system: You are a helpful assistant.
user:
Analyze the provided spectrum to determine if it is a **Carbon Star (C-type)**.

- **Key Visual Indicators of Carbon Star:**
    - **(Primary):** Strong molecular absorption from **C₂ (diatomic carbon) "Swan Bands."** This is the **defining feature** of a carbon star.
        - **(Key Bandheads):** Sharp absorption edges are visible at approximately $5635$ Å, $5165$ Å (the strongest band), and $4737$ Å.
        - **(Line Profile):** Creates a distinct **"saw-tooth"** pattern. The key morphology is a sharp, steep bandhead on the **red (long-wavelength) side**, which then gradually tapers off (i.e., flux recovers) towards the **blue (short-wavelength) side**. *(This is the direct opposite of the TiO bands seen in M-type stars)*.

    - **(Secondary):** Intense **CN (cyanogen)** molecular absorption bands.
        - **(Key Bandheads):** Located in the blue and violet regions of the spectrum (e.g., near $4215$ Å and $3883$ Å).
        - **(Morphology):** These bands are extremely broad and act as a "blanket," absorbing the vast majority of blue and violet light. This creates a characteristic **"cliff"** or **"steep drop-off"** in the spectrum's flux at short wavelengths.

    - **(Key Confirmation):** Strong **CH absorption band (G-band)**.
        - **(Key Bandhead):** Located around $4300$ Å. The contribution from CH molecules to this band is exceptionally strong.

    - **(Overall Spectrum):**
        - The continuum is severely "chopped up" by these deep molecular bands, especially C₂, rather than appearing as a smooth curve.
        - Due to the heavy CN and C₂ absorption in the blue-green, the vast majority of the star's flux is concentrated in the red part of the spectrum, giving the star its characteristic deep red color.

Think first, call **spectral_visualization_tool** if needed to examine features in detail, then provide your final answer. Your response must adhere to the following strict rules:
1.  **Overall Structure:** Your response must follow the format `<think>...</think> <tool_call>...</tool_call> (if a tool is used) <answer>...</answer>`.
2.  **Tool Usage Constraint:** You may only make **one** tool call per turn.
3.  **Final Answer Format:** In the `<answer>` tag, your conclusion must be inside a `\boxed{}` command (e.g., `\boxed{YES}`), followed by your justification.

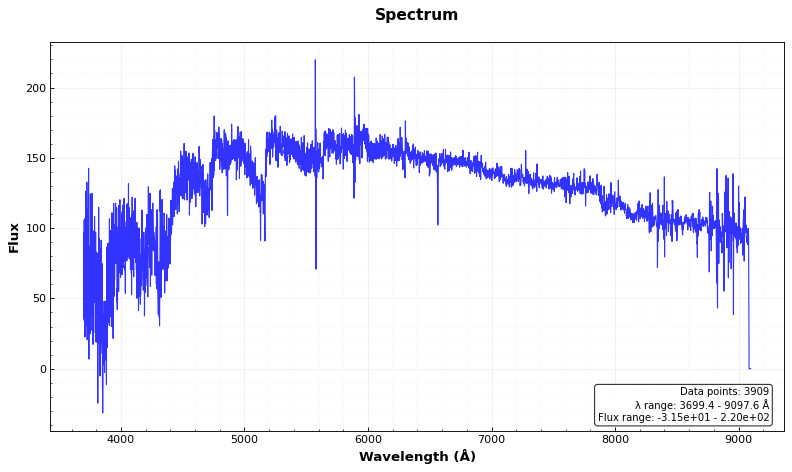
Answer: YES